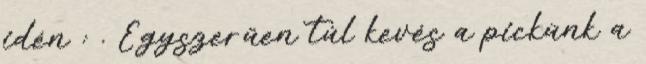
idén : . Egyszerűen túl kevés a pickünk a